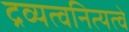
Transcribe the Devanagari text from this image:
द्रव्यत्वनित्यत्वे